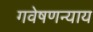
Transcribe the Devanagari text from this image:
गवेषणन्याय